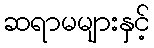
ဆရာမများနှင့်